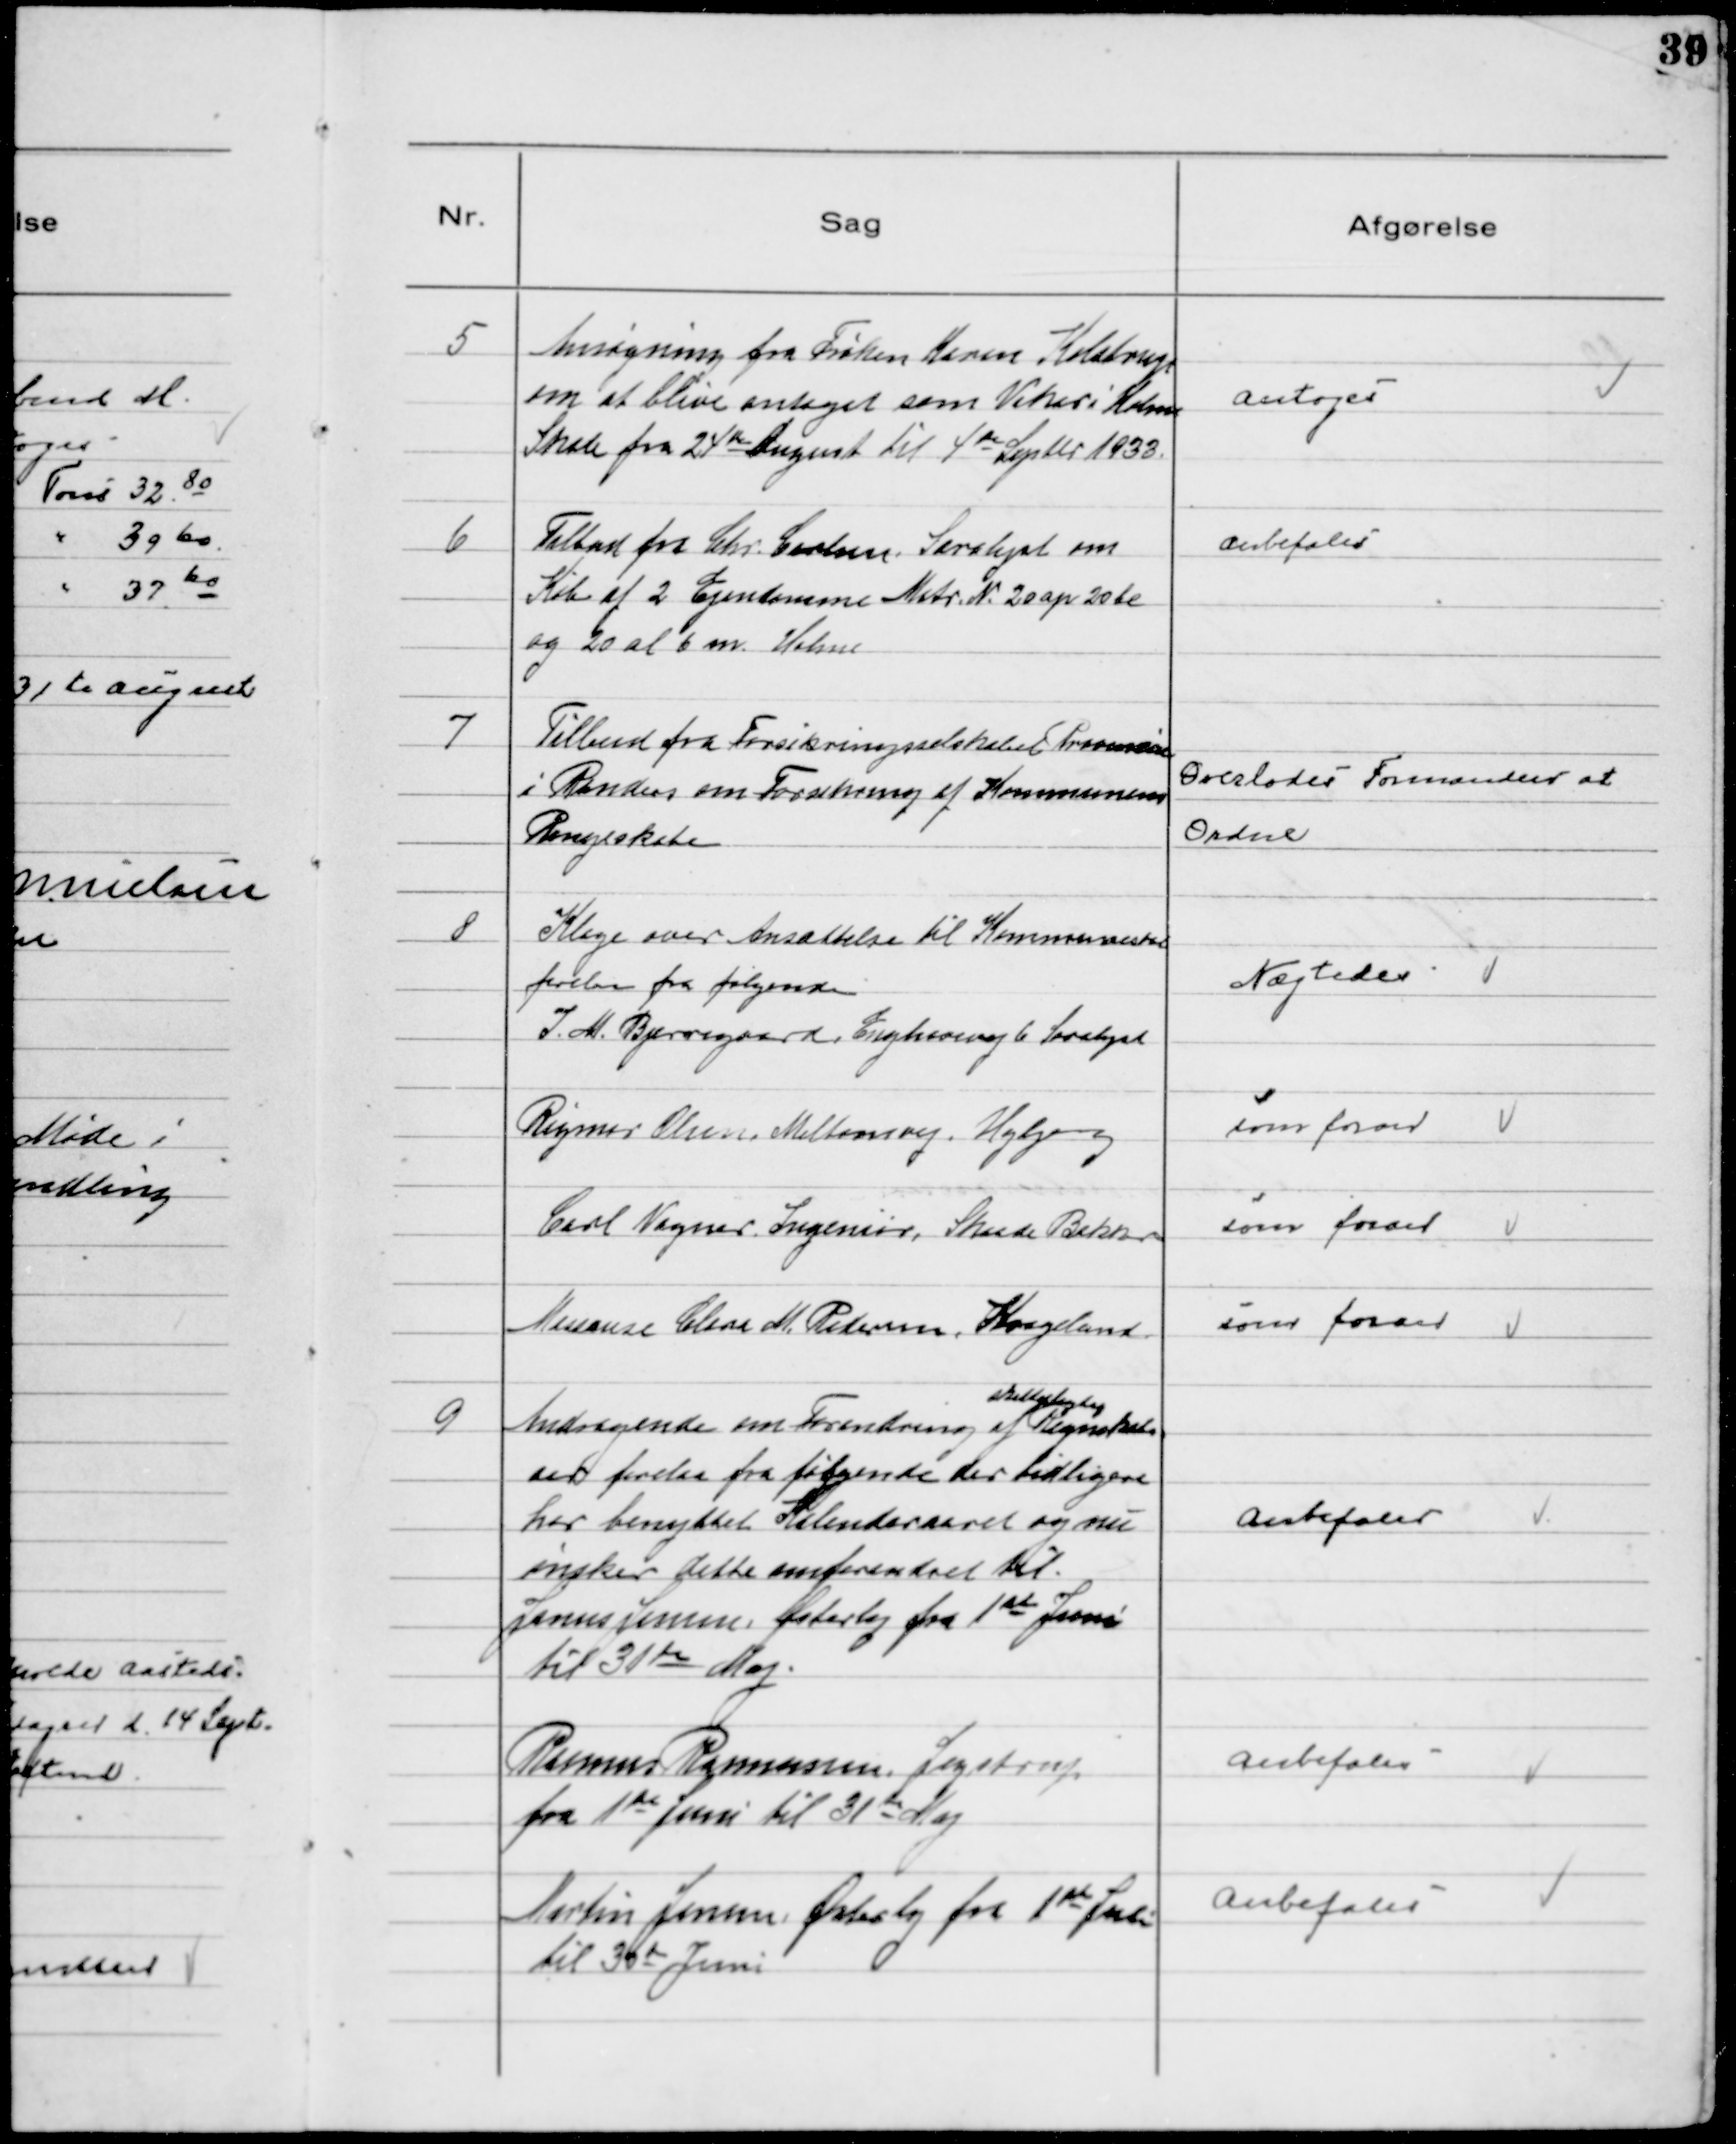
Transskription:
5
Ansøgning fra Frøken Karen Kelstrup
om at blive antaget som Vikar i Holme
Skole fra 24de August til 4de Septbr 1933.

Antoges

6
Tilbud fra Chr. Carlsen, Saralyst om
Køb af 2 Ejendomme Matr №20 ap 20 de
og 20 al b m. Holme

Anbefales

7
Tilbud fra Forsikringsselskabet Provincia
i Randers om Forsikring af Kommunens
Regnskab

Overlodes Formanden at
Ordne

8
Klage over Ansættelse til Kommuneskat
forelaa fra følgende
I. M. Bjerregaard, Enghavevej 6 Saralyst

Nægtedes

Rigmor Olsen, Miltonsvej, Højbjerg

som foran

Carl Vagner, Ingeniør, Skaade Bakker

som foran

Masseuse Clara M. Pedersen, Kragelund

som foran

9
Andragende om Forandring af
skattepligtig
Regnskabs
aar forelaa fra følgende der tidligere
har benyttet Kalenderaaret og nu
ønsker dette omforandret til
Janus Jensen, Østerby fra 1st Juni
til 31te Maj.

Anbefales

Rasmus Rasmussen, Jegstrup
fra 1te Juni til 31de Maj

Anbefales

Martin Jensen, Østerby fra 1te Juli
til 30de Juni

Anbefales